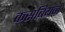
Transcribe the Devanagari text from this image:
कसबियन